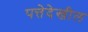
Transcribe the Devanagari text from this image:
पत्तेदेखील